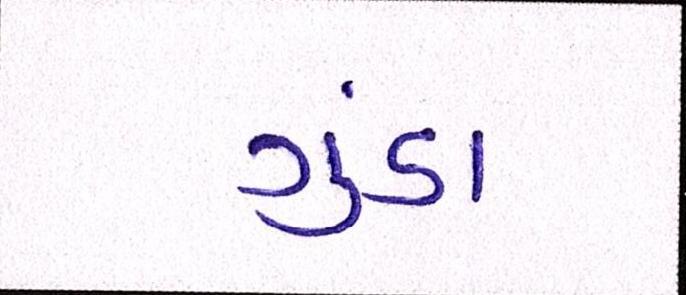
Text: ગુંડા